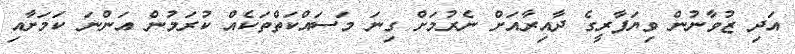
އަދި ޒުވާނުން ވިޔަފާރީގެ ދާއިރާއަށް ނެރުމަށް ގިނަ މަސައްކަތްތަކެއް ކުރަމުން އަންނަ ކަމަށާއި